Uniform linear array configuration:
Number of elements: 48
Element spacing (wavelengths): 0.75
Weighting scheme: exponential
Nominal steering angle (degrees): -45
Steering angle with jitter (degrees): -44.223
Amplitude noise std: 0.05
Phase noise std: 0.05

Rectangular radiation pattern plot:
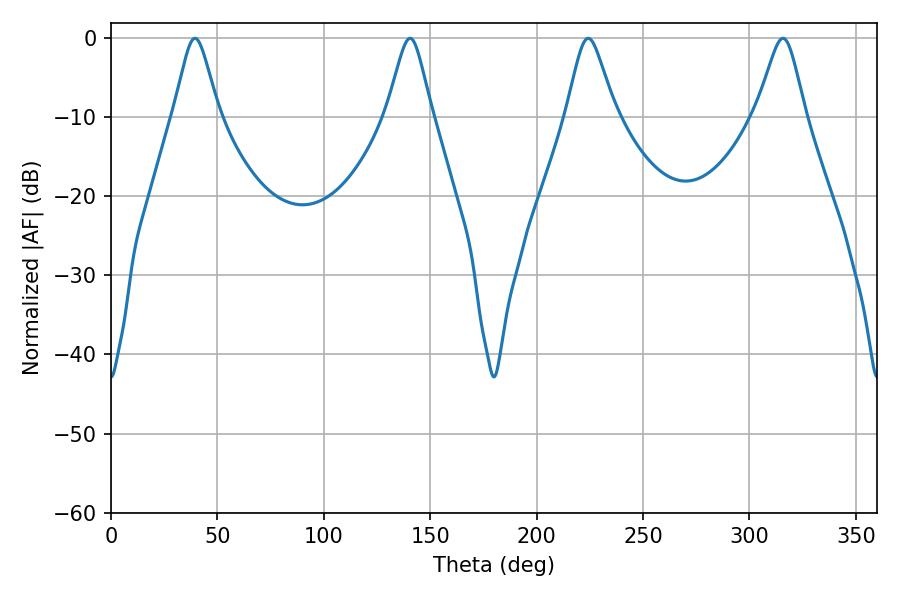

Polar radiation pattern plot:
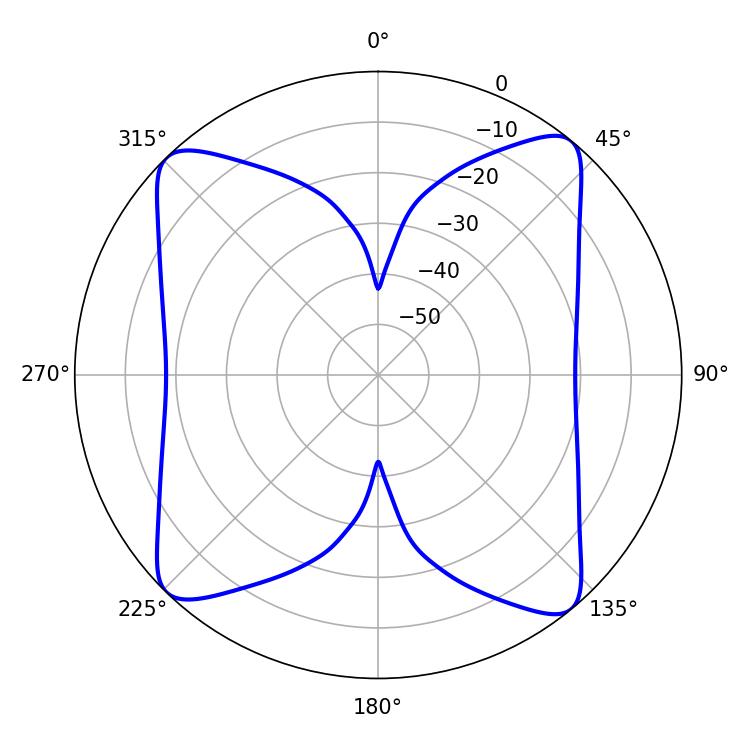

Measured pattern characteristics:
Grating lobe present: TRUE
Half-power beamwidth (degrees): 10.98
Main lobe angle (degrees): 224.28